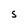
Character: S